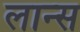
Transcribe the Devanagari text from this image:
लान्‍स